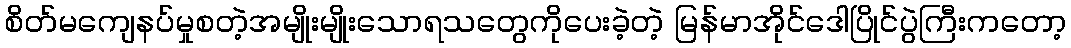
စိတ်မကျေနပ်မှုစတဲ့အမျိုးမျိုးသောရသတွေကိုပေးခဲ့တဲ့ မြန်မာအိုင်ဒေါပြိုင်ပွဲကြီးကတော့